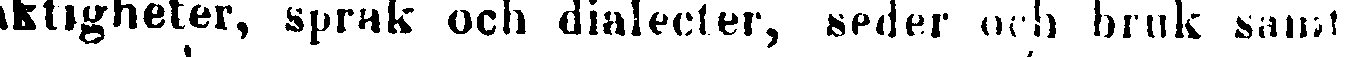
aktigheter, språk och dialecter, seder och bruk samt